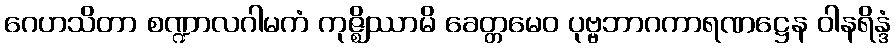
ဂေဟသိတာ စဏ္ဍာလဂါမကံ ကုဇ္ဈိဿာမိ ခေတ္တမေဝ ပုဗ္ဗဘာဂကာရဏဋ္ဌေန ဝါနရိန္ဒံ